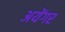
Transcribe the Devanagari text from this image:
अयेंगर